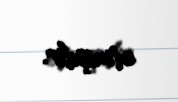
etmişdir.